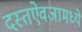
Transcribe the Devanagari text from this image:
दस्तऐवजामध्ये